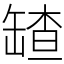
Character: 𦉆